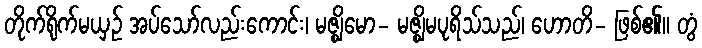
တိုက်ရိုက်မယှဉ် အပ်သော်လည်းကောင်း၊ မဇ္ဈိမော- မဇ္ဈိမပုရိသ်သည်၊ ဟောတိ- ဖြစ်၏။ တွံ